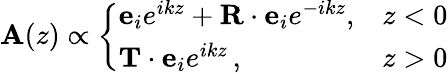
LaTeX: {\mathbf A}(z)\propto\left\{ \begin{array}{ll}{{\mathbf e}_{i}e^{ikz}+{\mathbf R}\cdot{\mathbf e}_{i}e^{-ikz},}&{z<0}\\ {{\mathbf T}\cdot{\mathbf e}_{i}e^{ikz}\, ,}&{z>0}\end{array}\right.